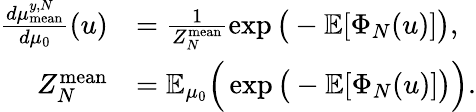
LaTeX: \begin{array}{rl}{\frac{d\mu_{\mathrm{mean}}^{y,N}}{d\mu_{0}}(u)}&{=\frac{1}{Z_{N}^{\mathrm{mean}}}\exp\big(-\mathbb{E}[\Phi_{N}(u)]\big),}\\ {Z_{N}^{\mathrm{mean}}}&{=\mathbb{E}_{\mu_{0}}\Big(\exp\big(-\mathbb{E}[\Phi_{N}(u)]\big)\Big).}\end{array}